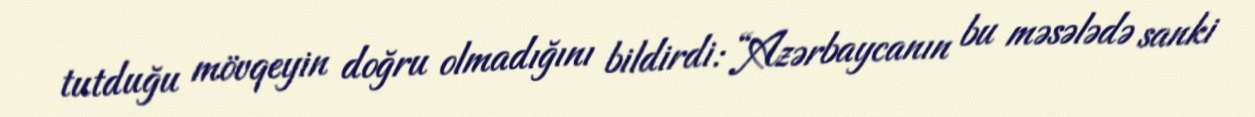
tutduğu mövqeyin doğru olmadığını bildirdi: “Azərbaycanın bu məsələdə sanki